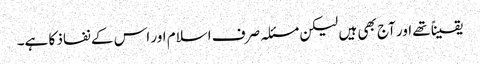
یقیناً تھے اور آج بھی ہیں لیکن مسئلہ صرف اسلام اور اس کے نفاذ کا ہے۔